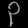
Digit: ၃